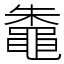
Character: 鼄